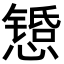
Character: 𫻇